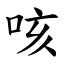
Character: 咳